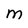
Character: M